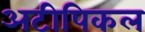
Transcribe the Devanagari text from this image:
अटीपिकल